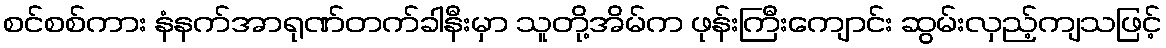
စင်စစ်ကား နံနက်အာရုဏ်တက်ခါနီးမှာ သူတို့အိမ်က ဖုန်းကြီးကျောင်း ဆွမ်းလှည့်ကျသဖြင့်